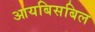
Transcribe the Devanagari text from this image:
आयबिसबिल